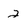
Character: 2